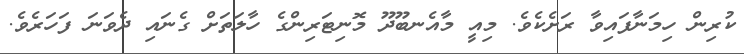
ކުރިން ހިމަނާފައިވާ ރަށެކެވެ. މިއީ މާއެނބޫދޫ މޮނިޓަރިންގެ ހާލަތަށް ގެނައި ދެވަނަ ފަހަރެވެ.